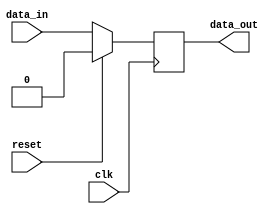
module IO_Block_HighSpeed_Buffer (
    input wire clk,
    input wire reset,
    input wire data_in,
    output wire data_out
);

reg data_buffer;

always @(posedge clk) begin
    if (reset) begin
        data_buffer <= 1'b0;
    end else begin
        data_buffer <= data_in;
    end
end

assign data_out = data_buffer;

endmodule